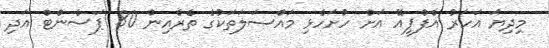
މިދިޔަ އަހަރު އެފްޕީއޭ އަށް ހުށަހެޅި މައްސަލަތަކުގެ ތެރެއިން 80 ޕަސެންޓް އަދި